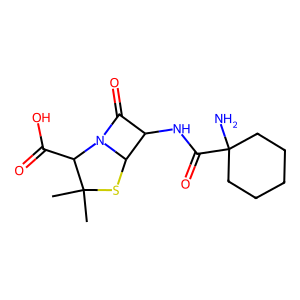
SMILES: CC1(C)SC2C(NC(=O)C3(N)CCCCC3)C(=O)N2C1C(=O)O
Inhibits HIV replication: No